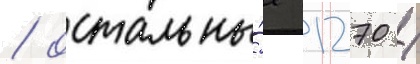
/ остальны́е 1270 /